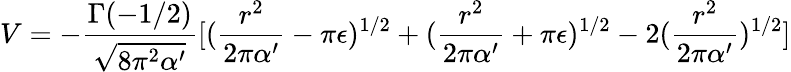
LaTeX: V=-\frac{\Gamma(-1/2)}{\sqrt{8\pi^{2}\alpha^{\prime}}}[(\frac{r^{2}}{2\pi\alpha^{\prime}}-\pi\epsilon)^{1/2}+(\frac{r^{2}}{2\pi\alpha^{\prime}}+\pi\epsilon)^{1/2}-2(\frac{r^{2}}{2\pi\alpha^{\prime}})^{1/2}]